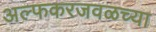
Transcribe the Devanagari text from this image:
अल्फकरजवळच्या